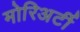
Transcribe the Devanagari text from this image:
मोरिअर्टी